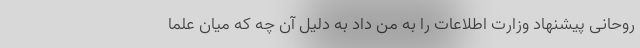
روحانی پیشنهاد وزارت اطلاعات را به من داد به دلیل آن چه که میان علما